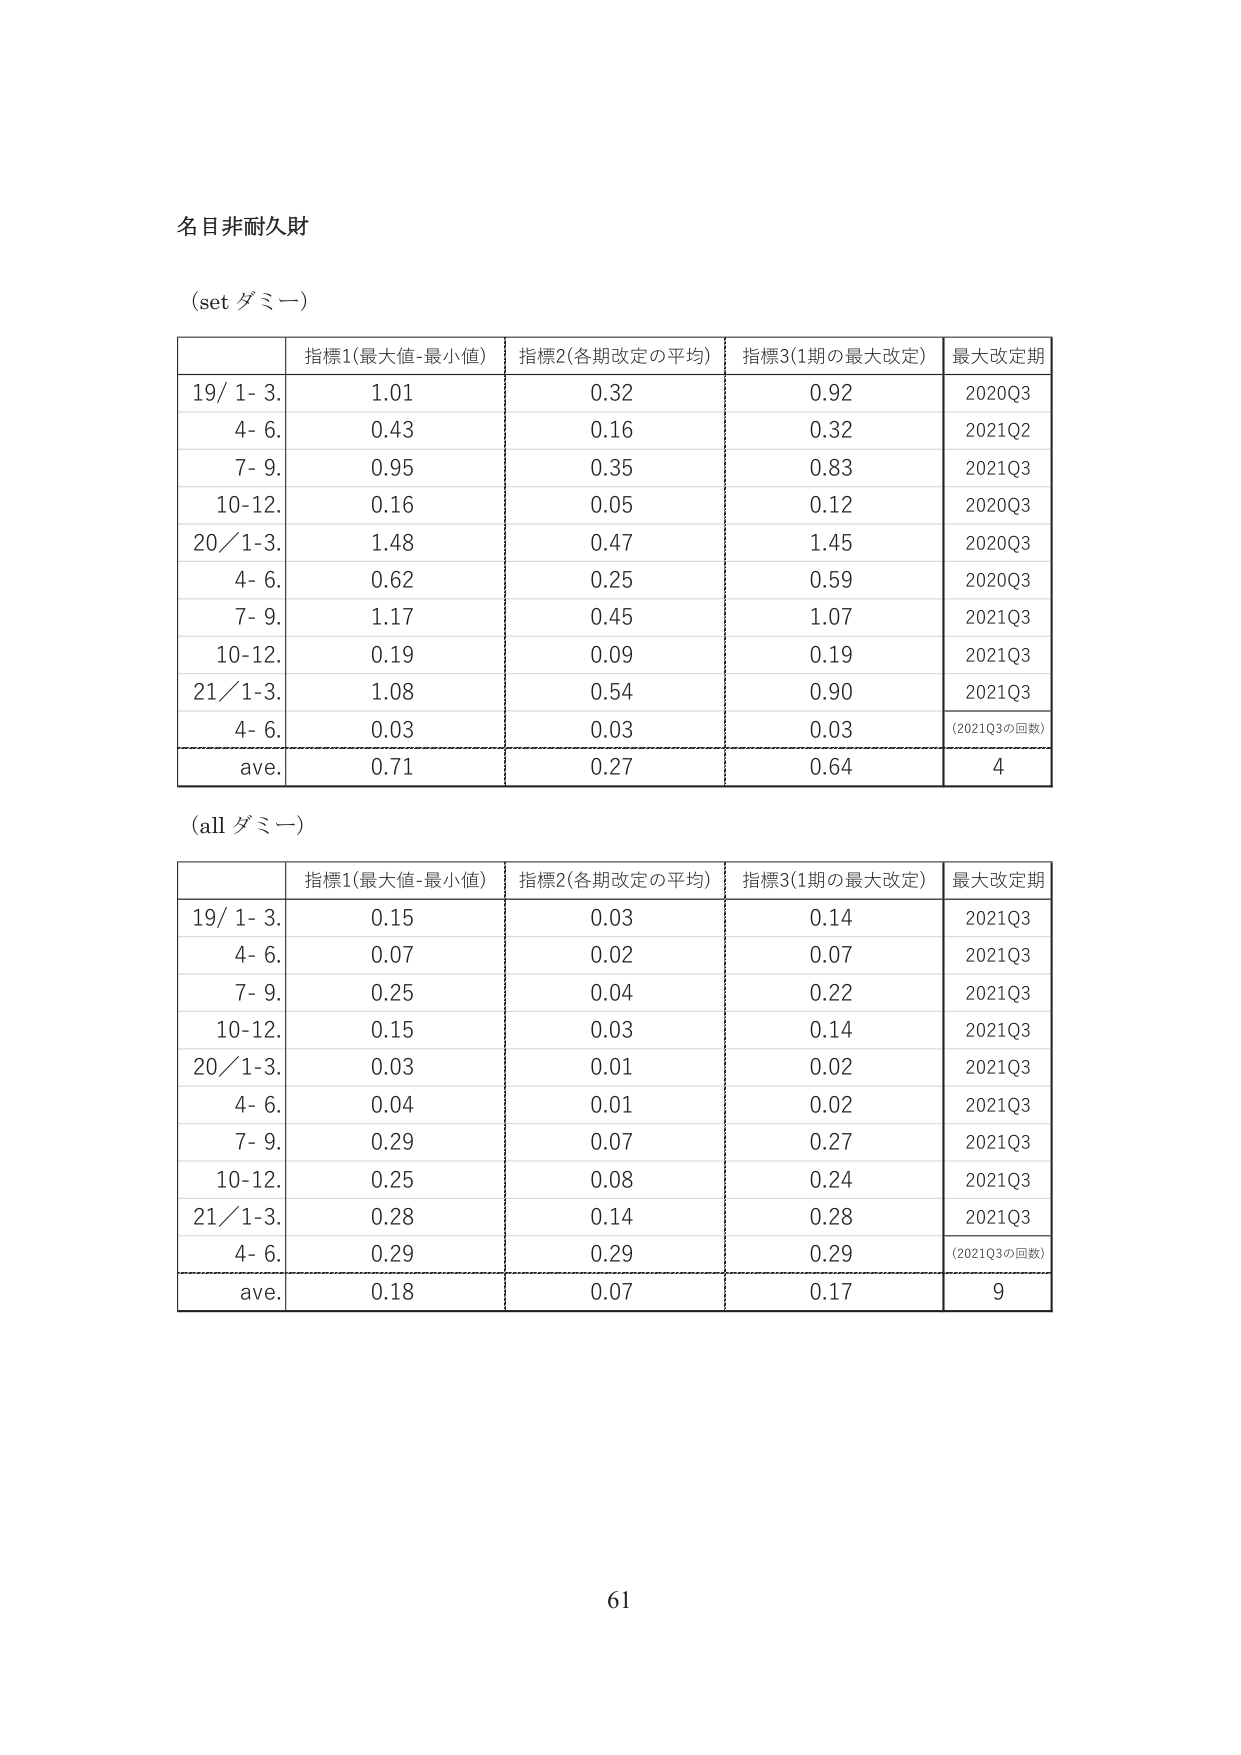
名目非耐久財

(set ダミー)

| | 指標1(最大値-最小値) | 指標2(各期改定の平均) | 指標3(1期の最大改定) | 最大改定期 |
|---|---|---|---|---|
| 19/ 1- 3. | 1.01 | 0.32 | 0.92 | 2020Q3 |
| 4- 6. | 0.43 | 0.16 | 0.32 | 2021Q2 |
| 7- 9. | 0.95 | 0.35 | 0.83 | 2021Q3 |
| 10-12. | 0.16 | 0.05 | 0.12 | 2020Q3 |
| 20/ 1-3. | 1.48 | 0.47 | 1.45 | 2020Q3 |
| 4- 6. | 0.62 | 0.25 | 0.59 | 2020Q3 |
| 7- 9. | 1.17 | 0.45 | 1.07 | 2021Q3 |
| 10-12. | 0.19 | 0.09 | 0.19 | 2021Q3 |
| 21/ 1-3. | 1.08 | 0.54 | 0.90 | 2021Q3 |
| 4- 6. | 0.03 | 0.03 | 0.03 | (2021Q3の回数) |
| ave. | 0.71 | 0.27 | 0.64 | 4 |

(all ダミー)

| | 指標1(最大値-最小値) | 指標2(各期改定の平均) | 指標3(1期の最大改定) | 最大改定期 |
|---|---|---|---|---|
| 19/ 1- 3. | 0.15 | 0.03 | 0.14 | 2021Q3 |
| 4- 6. | 0.07 | 0.02 | 0.07 | 2021Q3 |
| 7- 9. | 0.25 | 0.04 | 0.22 | 2021Q3 |
| 10-12. | 0.15 | 0.03 | 0.14 | 2021Q3 |
| 20/ 1-3. | 0.03 | 0.01 | 0.02 | 2021Q3 |
| 4- 6. | 0.04 | 0.01 | 0.02 | 2021Q3 |
| 7- 9. | 0.29 | 0.07 | 0.27 | 2021Q3 |
| 10-12. | 0.25 | 0.08 | 0.24 | 2021Q3 |
| 21/ 1-3. | 0.28 | 0.14 | 0.28 | 2021Q3 |
| 4- 6. | 0.29 | 0.29 | 0.29 | (2021Q3の回数) |
| ave. | 0.18 | 0.07 | 0.17 | 9 |

61